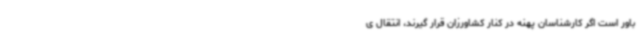
باور است اگر کارشناسان پهنه در کنار کشاورزان قرار گیرند، انتقال ی